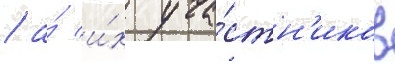
/ а́ и́х уча́стн'иков